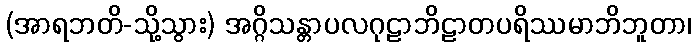
(အာရဘတိ-သို့သွား) အဂ္ဂိသန္တာပလဂုဠာဘိဠာတပရိဿမာဘိဘူတာ၊